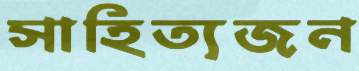
সাহিত্যজন